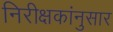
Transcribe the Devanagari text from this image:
निरीक्षकांनुसार